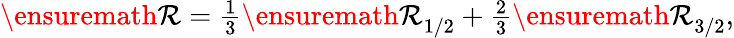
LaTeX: \begin{array}{r}{{\ensuremath{\mathcal R}}=\frac{1}{3}{\ensuremath{\mathcal R}}_{1/2}+\frac{2}{3}{\ensuremath{\mathcal R}}_{3/2},}\end{array}